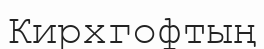
Кирхгофтың